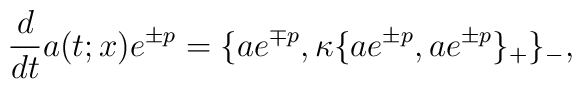
\frac{d}{dt}a(t;x)e^{\pm p}= \{a e^{\mp p}, \kappa\{a e^{\pm p},a e^{\pm p}\}_{+}\}_{-},